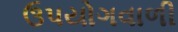
ઉપયોગવાળી